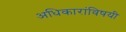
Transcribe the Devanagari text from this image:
अधिकारांविषयी